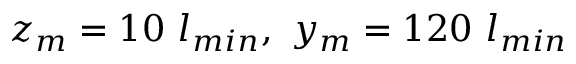
z _ { m } = 1 0 ~ l _ { m i n } , ~ y _ { m } = 1 2 0 ~ l _ { m i n }